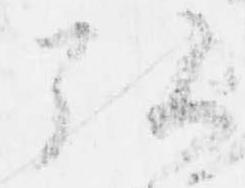
弘